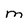
Character: M